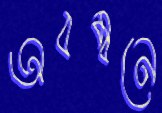
অবম্বনে